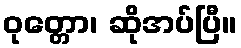
ဝုတ္တော၊ ဆိုအပ်ပြီ။